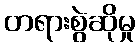
တရားစွဲဆိုမှု